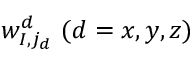
w _ { I , j _ { d } } ^ { d } ~ ( d = x , y , z )